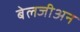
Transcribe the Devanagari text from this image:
बेलजीअन